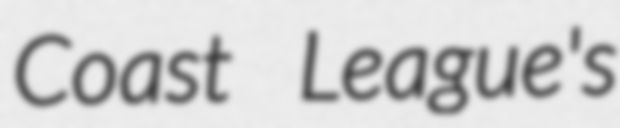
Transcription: Coast League's